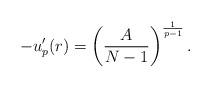
LaTeX: \begin{align*}-u_{p}'(r)=\left(\frac{A}{N-1}\right)^{\frac{1}{p-1}}.\end{align*}